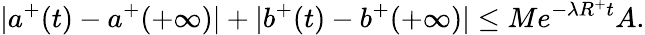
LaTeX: |a^{+}(t)-a^{+}(+\infty)|+|b^{+}(t)-b^{+}(+\infty)|\leq Me^{-\lambda R^{+}t}A.